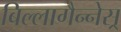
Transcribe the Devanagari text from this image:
बिल्लागैन्नेस्र्